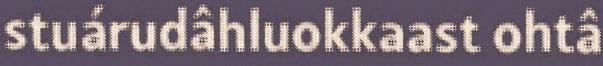
stuárudâhluokkaast ohtâ